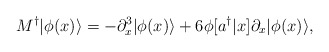
\begin{align*}M^\dagger|\phi(x)\rangle = -\partial_x^3|\phi(x)\rangle + 6\phi[a^\dagger|x]\partial_x|\phi(x)\rangle ,\end{align*}